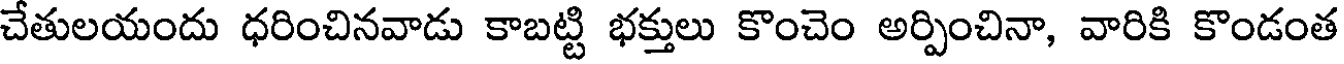
చేతులయందు ధరించినవాడు కాబట్టి భక్తులు కొంచెం అర్పించినా, వారికి కొండంత